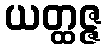
ယတ္ထဇ္ဇ